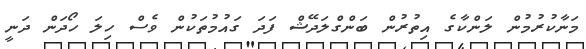
މަނާކުރުމުން ލަންކާގެ އިތުރުން ބަންގްލަދޭޝް ފަދަ ގައުމުތަކުން ވެސް ހިލަ ހޯދަން ދަނީ